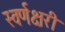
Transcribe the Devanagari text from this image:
स्वर्णक्षरी